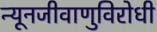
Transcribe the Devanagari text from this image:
न्यूनजीवाणुविरोधी